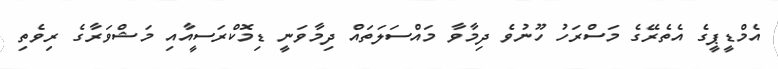
އެމްޑީޕީގެ އެތެރޭގެ މަސްރަހު ހޫނުވެ ދިމާވާ މައްސަލަތައް ދިމާވަނީ ޑިމޮކްރަސީއާއި މަޝްވަރާގެ ރިވެތި